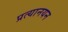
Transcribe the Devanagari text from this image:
प्रत्यानयन